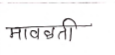
मजकूर: मावळती